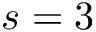
s = 3